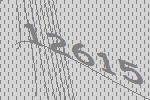
12615